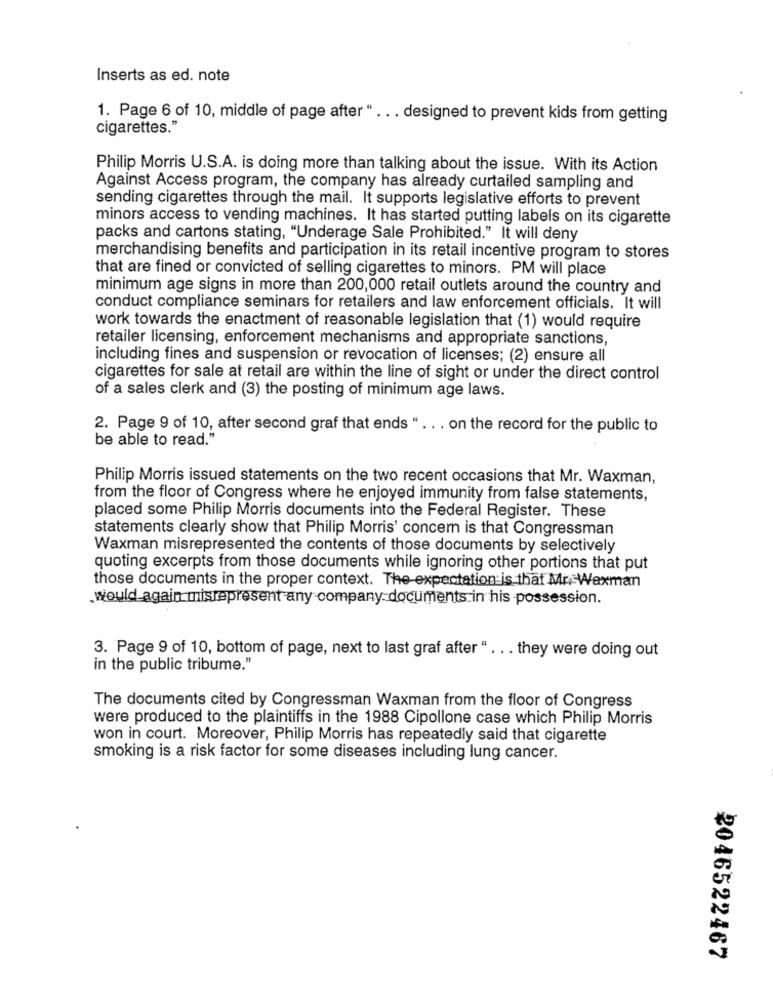
Inserts as ed. note
1. Page 6 of 10, middle of page after “ ... designed to prevent kids from getting
cigarettes."
Philip Morris U.S.A. is doing more than talking about the issue. With its Action
Against Access program, the company has already curtailed sampling and
sending cigarettes through the mail. It supports legislative efforts to prevent
minors access to vending machines. It has started putting labels on its cigarette
packs and cartons stating, "Underage Sale Prohibited." It will deny
merchandising benefits and participation in its retail incentive program to stores
that are fined or convicted of selling cigarettes to minors. PM will place
minimum age signs in more than 200,000 retail outlets around the country and
conduct compliance seminars for retailers and law enforcement officials. It will
work towards the enactment of reasonable legislation that (1) would require
retailer licensing, enforcement mechanisms and appropriate sanctions,
including fines and suspension or revocation of licenses; (2) ensure all
cigarettes for sale at retail are within the line of sight or under the direct control
of a sales clerk and (3) the posting of minimum age laws.
2. Page 9 of 10, after second graf that ends " .. . on the record for the public to
be able to read."
Philip Morris issued statements on the two recent occasions that Mr. Waxman,
from the floor of Congress where he enjoyed immunity from false statements,
placed some Philip Morris documents into the Federal Register. These
statements clearly show that Philip Morris' concern is that Congressman
Waxman misrepresented the contents of those documents by selectively
quoting excerpts from those documents while ignoring other portions that put
those documents in the proper context. The expectation is that Mr Waxman
would again misrepresent any company documents in his possession.
3. Page 9 of 10, bottom of page, next to last graf after " ... they were doing out
in the public tribume."
The documents cited by Congressman Waxman from the floor of Congress
were produced to the plaintiffs in the 1988 Cipollone case which Philip Morris
won in court. Moreover, Philip Morris has repeatedly said that cigarette
smoking is a risk factor for some diseases including lung cancer.
2046522467